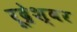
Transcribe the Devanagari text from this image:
रूद्रेश्वर